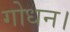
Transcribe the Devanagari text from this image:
गोधन।